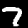
Label: 7